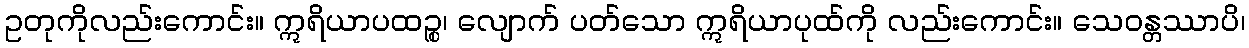
ဥတုကိုလည်းကောင်း။ ဣရိယာပထဉ္စ၊ လျောက် ပတ်သော ဣရိယာပုထ်ကို လည်းကောင်း။ သေဝန္တဿာပိ၊